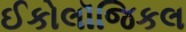
ઈકોલૉજિકલ